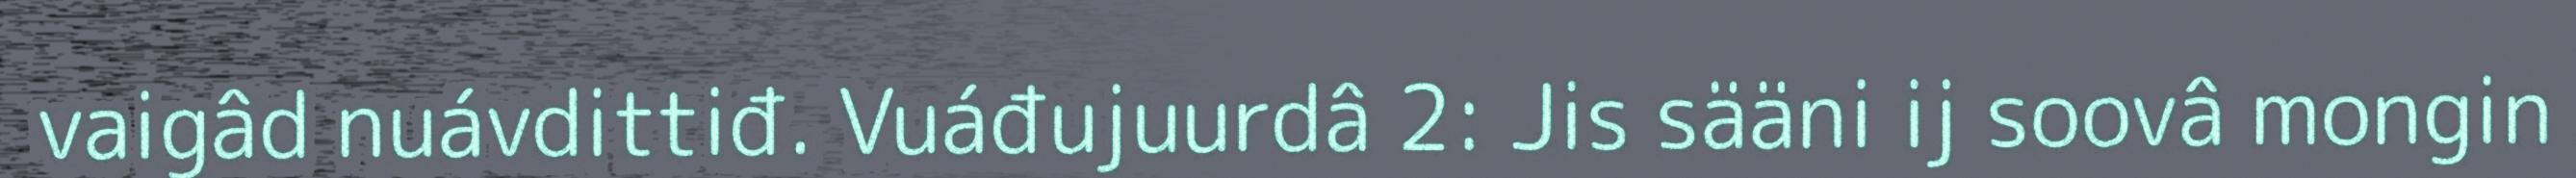
vaigâd nuávdittiđ. Vuáđujuurdâ 2: Jis sääni ij soovâ mongin